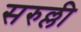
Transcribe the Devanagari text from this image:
सरुल्ली